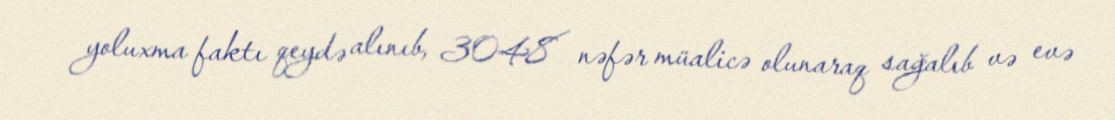
yoluxma faktı qeydə alınıb, 3048 nəfər müalicə olunaraq sağalıb və evə